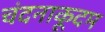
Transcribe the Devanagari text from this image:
चंदनाकूदम